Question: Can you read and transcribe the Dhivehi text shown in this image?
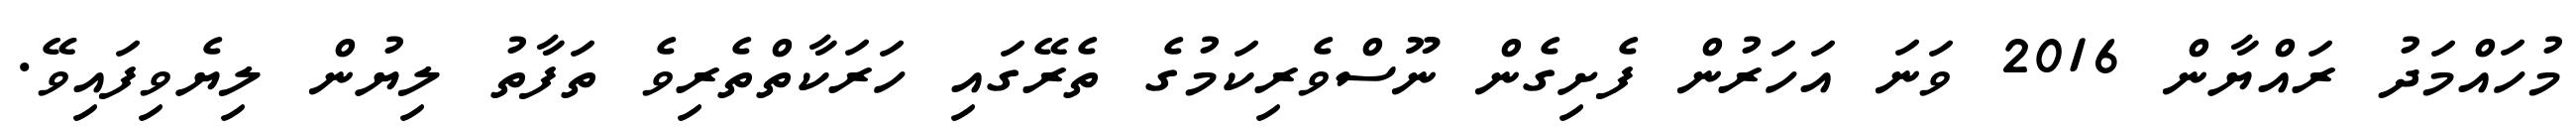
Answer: މުހައްމަދު ރައްޔާން 2016 ވަނަ އަހަރުން ފެށިގެން ނޫސްވެރިކަމުގެ ތެރޭގައި ހަރަކާތްތެރިވެ ތަފާތު ލިޔުން ލިޔެވިފައިވޭ.